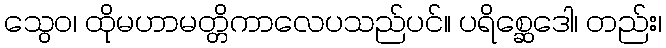
သွေဝ၊ ထိုမဟာမတ္တိကာလေပသည်ပင်။ ပရိစ္ဆေဒေါ၊ တည်း၊